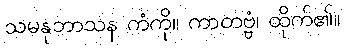
သမနုဘာသန ကံကို။ ကာတဗ္ဗံ၊ ထိုက်၏။